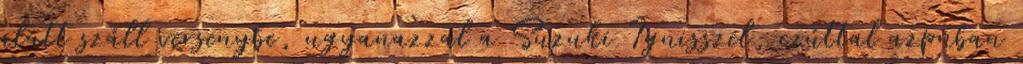
alatt száll versenybe, ugyanazzal a Suzuki Ignisszel, ezúttal azpnban